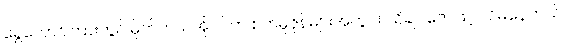
ရွှေတောင်ကြားတွင် မိုက်ကယ်အိုဝင်က စက်မှုဇုန်များအတွင်း သိချင်ဇောဖြင့် လိမ်နေတယ်